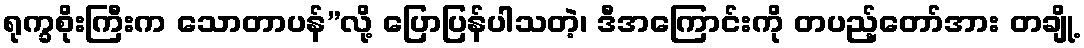
ရုက္ခစိုးကြီးက သောတာပန်”လို့ ပြောပြန်ပါသတဲ့၊ ဒီအကြောင်းကို တပည့်တော်အား တချို့